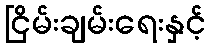
ငြိမ်းချမ်းရေးနှင့်